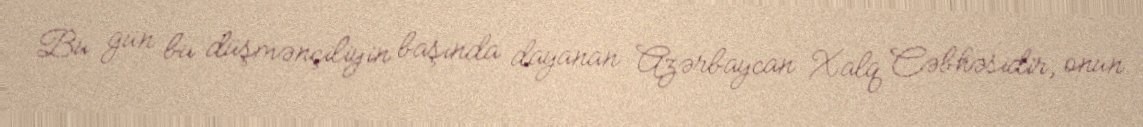
Bu gün bu düşmənçiliyin başında dayanan Azərbaycan Xalq Cəbhəsidir, onun